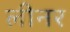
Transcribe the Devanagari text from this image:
लीनर